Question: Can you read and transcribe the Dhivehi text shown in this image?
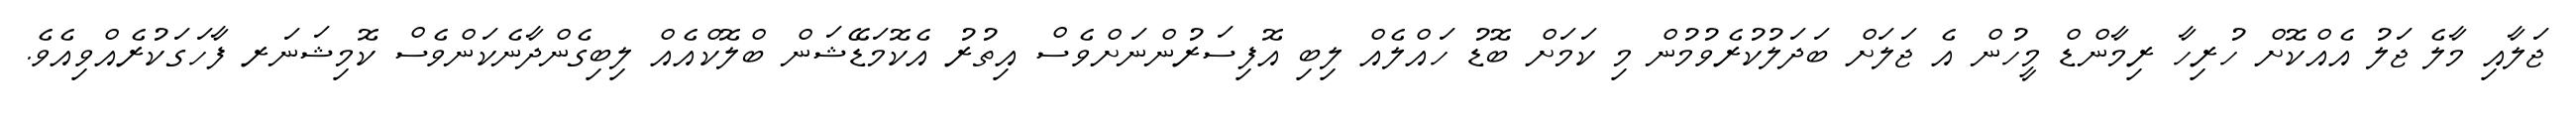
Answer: ޖަލާއި މާލެ ޖަލު އެއްކޮށް ހުރިހާ ރިމާންޑް މީހުން އެ ޖަލަށް ބަދަލުކުރެވުމުން މި ކަމަށް ބޮޑު ހައްލެއް ލިބި އޮފިސަރުންނަށްވެސް އިތުރު އެކޮމަޑޭޝަން ބްލޮކްއެއް ލިބިގެންދާނެކަންވެސް ކޮމިޝަނަރ ފާހަގަކުރެއްވިއެވެ.